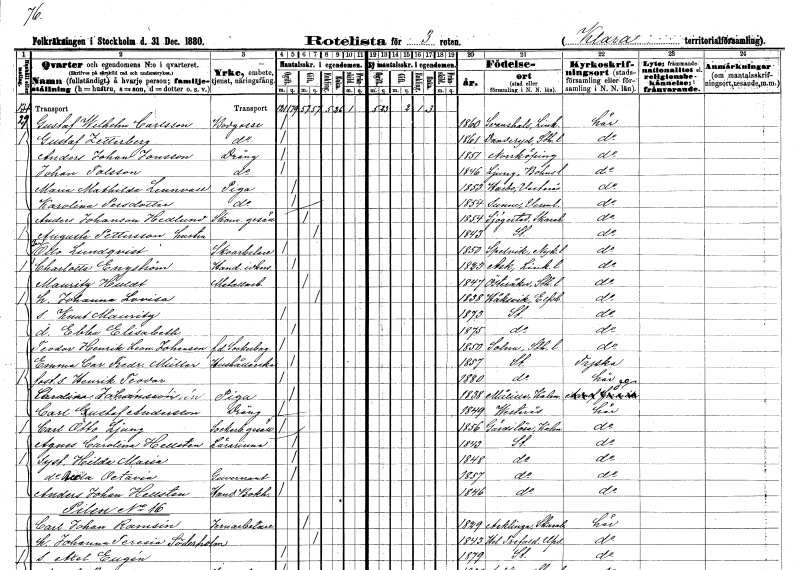
gt_parse: households: individuals: FN: Gustaf Wilhelm
EN: Carlsson
YRKE: Bodgosse
KON: M
CIV: O
FODAR: 1860
FODFORS: Svanshals Östergötlands län
FN: Gustaf
EN: Zetterberg
YRKE: Bodgosse
KON: M
CIV: O
FODAR: 1861
FODFORS: Danderyd Stockholms län
FN: Anders Johan
EN: Jonsson
YRKE: Dräng
KON: M
CIV: O
FODAR: 1851
FODFORS: Norrköping Östergötlands län
FN: Johan
EN: Tolsson
YRKE: Dräng
KON: M
CIV: O
FODAR: 1846
FODFORS: Ljung Göteborgs- och Bohuslän
FN: Maria Mathilda
EN: Lennvall
YRKE: Piga
KON: K
CIV: O
FODAR: 1853
FODFORS: Harbo Västmanlands län
FN: Karolina
EN: Persdotter
YRKE: Piga
KON: K
CIV: O
FODAR: 1854
FODFORS: Sunne Värmlands län
FN: Anders
EN: Johanson Hedlund
YRKE: Skomakaregesäll
KON: M
CIV: G
FODAR: 1854
FODFORS: Sjögestad Östergötlands län
FN: Augusta
EN: Pettersson
KON: K
CIV: G
FODAR: 1843
FODFORS: Stockholm
FN: Per Otto
EN: Lundqvist
YRKE: Skoarbetare
KON: M
CIV: O
FODAR: 1850
FODFORS: Spelvik Södermanlands län
FN: Charlotta
EN: Engström
YRKE: Handelsidkare
KON: K
CIV: O
FODAR: 1823
FODFORS: Ask Östergötlands län
FN: Mauritz
EN: Huldt
YRKE: Metallarbetare
KON: M
CIV: G
FODAR: 1847
FODFORS: Österåker Stockholms län
FN: Johanna Lovisa
KON: K
CIV: G
FODAR: 1838
FODFORS: Håcksvik Älvsborgs län
FN: Knut Mauritz
KON: M
CIV: O
FODAR: 1873
FODFORS: Stockholm
FN: Ebba Elisabeth
KON: K
CIV: O
FODAR: 1875
FODFORS: Stockholm
FN: Teodor Henrik Leonard
EN: Johansson
YRKE: Sockerbagare f.d.
KON: M
CIV: O
FODAR: 1850
FODFORS: Solna Stockholms län
FN: Emma Carolina Fredrika
EN: Müller
YRKE: Hushållerska
KON: K
CIV: O
FODAR: 1857
FODFORS: Stockholm
FN: Henrik Theodor
KON: M
CIV: O
FODAR: 1880
FODFORS: Stockholm
FN: Carolina
EN: Johansson
YRKE: Piga
KON: K
CIV: O
FODAR: 1838
FODFORS: Målilla med Gårdveda Kalmar län
FN: Carl Gustaf
EN: Andersson
YRKE: Dräng
KON: M
CIV: O
FODAR: 1849
FODFORS: Västerås Västmanlands län
FN: Carl Otto
EN: Ljung
YRKE: Sockerbagaregesäll
KON: M
CIV: O
FODAR: 1856
FODFORS: Gärdslösa Kalmar län
FN: Agnes Carolina
EN: Hellsten
YRKE: Lärarinna
KON: K
CIV: O
FODAR: 1843
FODFORS: Stockholm
FN: Hilda Maria
KON: K
CIV: O
FODAR: 1848
FODFORS: Stockholm
FN: Beata Octavia
YRKE: Guvernant
KON: K
CIV: O
FODAR: 1857
FODFORS: Stockholm
FN: Anders Johan
EN: Hellsten
YRKE: Handelsbokhållare
KON: M
CIV: O
FODAR: 1846
FODFORS: Stockholm
FN: Carl Johan
EN: Ramsin
YRKE: Järnarbetare
KON: M
CIV: G
FODAR: 1829
FODFORS: Acklinga Skaraborgs län
FN: Johanna Teresia
EN: Söderholm
KON: K
CIV: G
FODAR: 1843
FODFORS: Helga Trefaldighet Uppsala län
FN: Axel Eugén
KON: M
CIV: O
FODAR: 1879
FODFORS: Stockholm